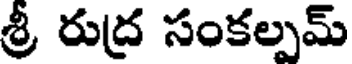
శ్రీ రుద్ర సంకల్పమ్